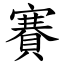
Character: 賽